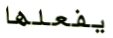
يفعلها